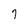
Character: 7